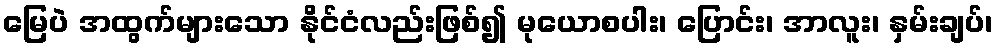
မြေပဲ အထွက်များသော နိုင်ငံလည်းဖြစ်၍ မုယောစပါး၊ ပြောင်း၊ အာလူး၊ နှမ်းချပ်၊